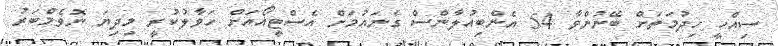
ސިއްހީ ހިދުމަތަށް ބޭނުންވާ 54 އެންބިއުލާންސް ގެނައުމަށް އެސްޓީއޯއަށް ހަވާލުކުރީ މިދިޔަ ނޮވެމްބަރު